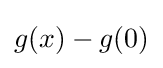
g(x)-g(0)